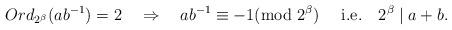
LaTeX: \begin{align*} Ord_{2^{\beta}}(ab^{-1}) =2 ~~~ \Rightarrow ~~~ ab^{-1} \equiv -1 ( {\rm mod}~ 2^{\beta}) ~~~~ {\rm i. e.} ~~~2^{\beta}\mid a+b.\end{align*}